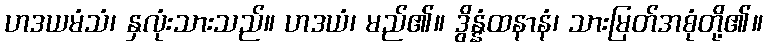
ဟဒယမံသံ၊ နှလုံးသားသည်။ ဟဒယံ၊ မည်၏။ ဒွိန္နံထနာနံ၊ သားမြတ်အစုံတို့၏။